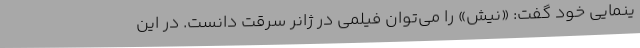
ینمایی خود گفت: «نیش» را می‌توان فیلمی در ژانر سرقت دانست. در این